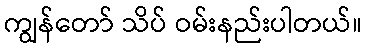
ကျွန်တော် သိပ် ဝမ်းနည်းပါတယ်။